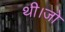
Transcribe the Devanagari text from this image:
थी।जो